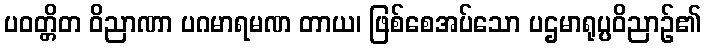
ပဝတ္တိတ ဝိညာဏာ ပဂမာရမဏ တာယ၊ ဖြစ်စေအပ်သော ပဌမာရုပ္ပဝိညာဉ်၏